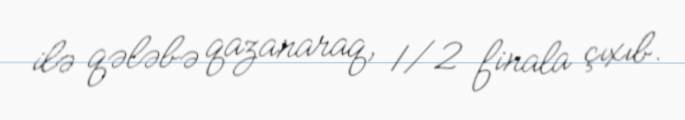
ilə qələbə qazanaraq, 1/2 finala çıxıb.